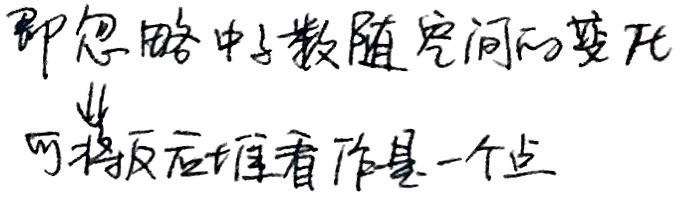
即忽略中子数随空间的变化，可将反应堆看作是一个点